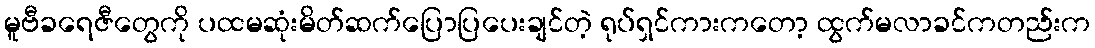
မူဗီခရေဇီတွေကို ပထမဆုံးမိတ်ဆက်ပြောပြပေးချင်တဲ့ ရုပ်ရှင်ကားကတော့ ထွက်မလာခင်ကတည်းက